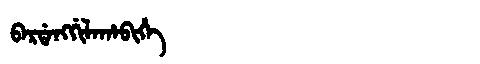
Manchu: ᠪᠠᡵᡩᠠᠩᡤᡳᠯᠠᡥᠠᠪᡳᡥᡝ
Romanization: BARDANGGILAHABIHE